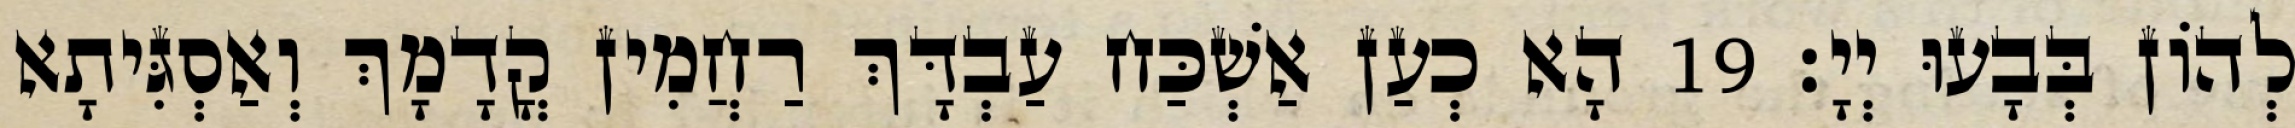
לְהוֹן בְּבָעוּ יְיָ׃ 19 הָא כְעַן אַשְׁכַּח עַבְדָּךְ רַחֲמִין קֳדָמָךְ וְאַסְגִּיתָא